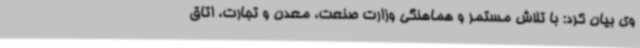
وی بیان کرد: با تلاش مستمر و هماهنگی وزارت صنعت، معدن و تجارت، اتاق